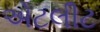
એટલીટ